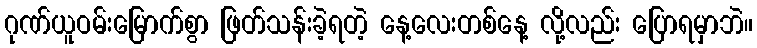
ဂုဏ်ယူဝမ်းမြောက်စွာ ဖြတ်သန်းခဲ့ရတဲ့ နေ့လေးတစ်နေ့ လို့လည်း ပြောရမှာဘဲ။